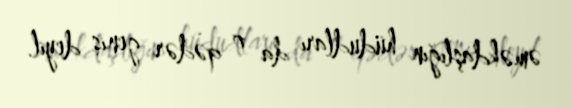
əməkdaşlığın hüdudları da o qədər geniş deyil.